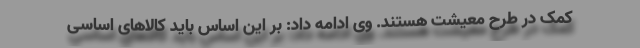
کمک در طرح معیشت هستند. وی ادامه داد: بر این اساس باید کالاهای اساسی